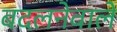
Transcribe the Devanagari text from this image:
बदलनेवाले